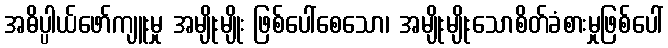
အဓိပ္ပါယ်ဖော်ကျူးမှု အမျိုးမျိုး ဖြစ်ပေါ်စေသော၊ အမျိုးမျိုးသောစိတ်ခံစားမှုဖြစ်ပေါ်